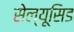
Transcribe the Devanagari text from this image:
सेल्यूसिड